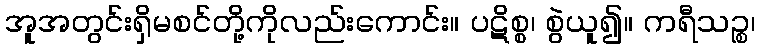
အူအတွင်းရှိမစင်တို့ကိုလည်းကောင်း။ ပဋိစ္စ၊ စွဲယူ၍။ ကရီသဉ္စ၊